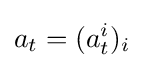
a_{t}=(a_{t}^{i})_{i}